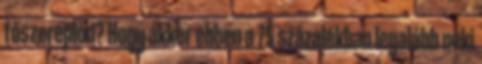
főszereplőd? Hogy akkor ebben a 75 százalékban legalább neki